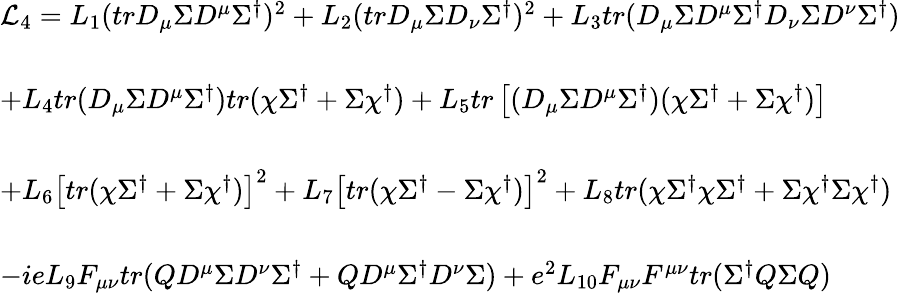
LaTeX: \begin{array}{l}{{{\cal L}_{4}=L_{1}(trD_{\mu}\Sigma D^{\mu}\Sigma^{\dagger})^{2}+L_{2}(trD_{\mu}\Sigma D_{\nu}\Sigma^{\dagger})^{2}+L_{3}tr(D_{\mu}\Sigma D^{\mu}\Sigma^{\dagger}D_{\nu}\Sigma D^{\nu}\Sigma^{\dagger})}}\\ {{\ }}\\ {{+L_{4}tr(D_{\mu}\Sigma D^{\mu}\Sigma^{\dagger})tr(\chi\Sigma^{\dagger}+\Sigma\chi^{\dagger})+L_{5}tr\left[(D_{\mu}\Sigma D^{\mu}\Sigma^{\dagger})(\chi\Sigma^{\dagger}+\Sigma\chi^{\dagger})\right]}}\\ {{\ }}\\ {{+L_{6}\left[tr(\chi\Sigma^{\dagger}+\Sigma\chi^{\dagger})\right]^{2}+L_{7}\left[tr(\chi\Sigma^{\dagger}-\Sigma\chi^{\dagger})\right]^{2}+L_{8}tr(\chi\Sigma^{\dagger}\chi\Sigma^{\dagger}+\Sigma\chi^{\dagger}\Sigma\chi^{\dagger})}}\\ {{\ }}\\ {{-ieL_{9}F_{\mu\nu}tr(QD^{\mu}\Sigma D^{\nu}\Sigma^{\dagger}+QD^{\mu}\Sigma^{\dagger}D^{\nu}\Sigma)+e^{2}L_{10}F_{\mu\nu}F^{\mu\nu}tr(\Sigma^{\dagger}Q\Sigma Q)}}\end{array}